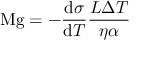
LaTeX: \mathrm { M g } = - { \frac { \mathrm { d } \sigma } { \mathrm { d } T } } { \frac { L \Delta T } { \eta \alpha } }